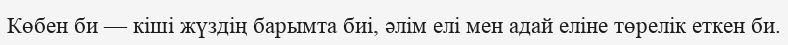
Көбен би — кіші жүздің барымта биі, әлім елі мен адай еліне төрелік еткен би.